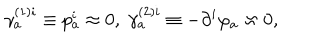
\gamma _ { a } ^ { ( 1 ) i } \equiv p _ { a } ^ { i } \approx 0 , \; \gamma _ { a } ^ { ( 2 ) i } \equiv - \partial ^ { i } \varphi _ { a } \approx 0 ,